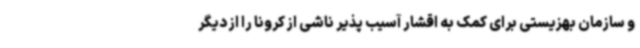
و سازمان بهزیستی برای کمک به اقشار آسیب پذیر ناشی از کرونا را از دیگر